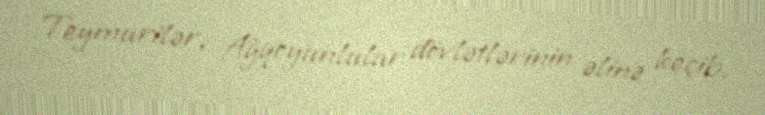
Teymurilər, Ağqoyunlular dövlətlərinin əlinə keçib.